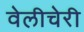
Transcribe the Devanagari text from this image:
वेलीचेरी